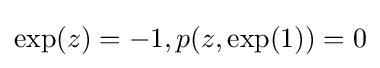
\exp(z)=-1,p(z,\exp(1))=0